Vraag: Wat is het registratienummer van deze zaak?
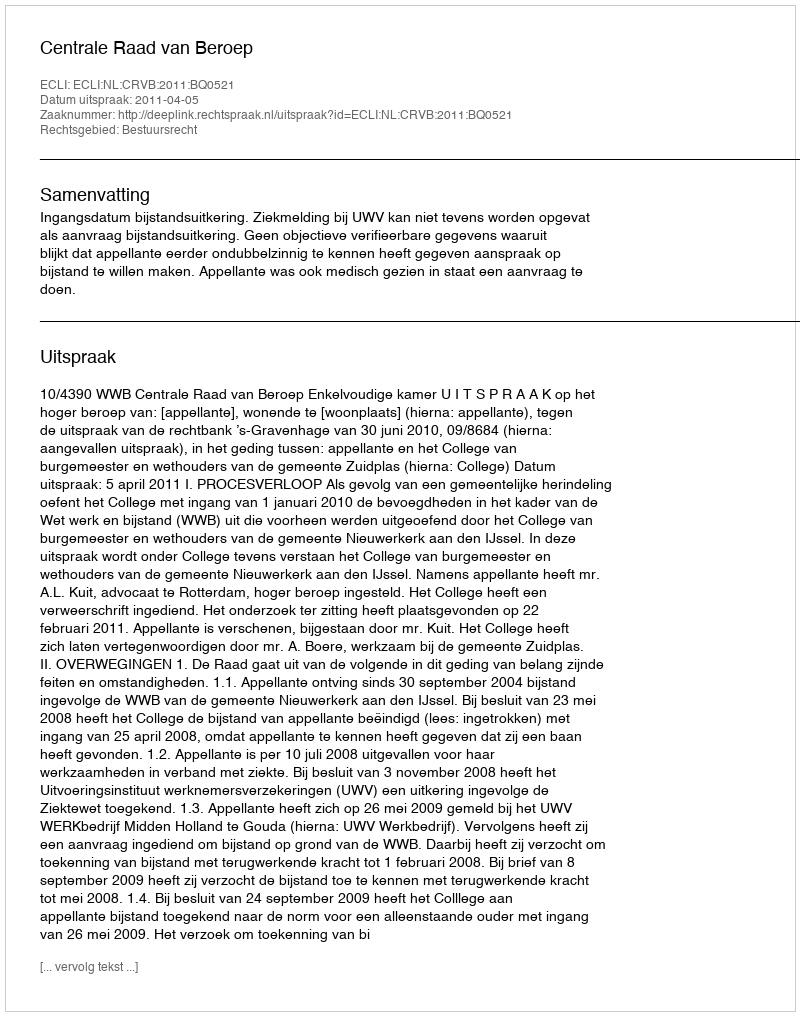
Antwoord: http://deeplink.rechtspraak.nl/uitspraak?id=ECLI:NL:CRVB:2011:BQ0521